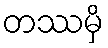
တဿမှိ